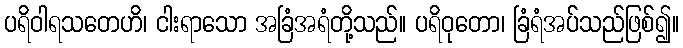
ပရိဝါရသတေဟိ၊ ငါးရာသော အခြံအရံတို့သည်။ ပရိဝုတော၊ ခြံရံအပ်သည်ဖြစ်၍။